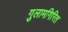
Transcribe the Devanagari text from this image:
गुलामगिरित